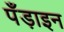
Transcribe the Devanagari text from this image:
पँड़ाइन